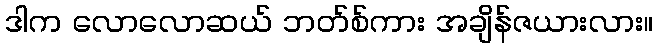
ဒါက လောလောဆယ် ဘတ်စ်ကား အချိန်ဇယားလား။